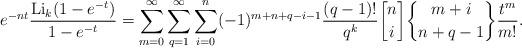
LaTeX: \begin{align*}e^{-nt}\frac{{\rm Li}_{k}(1-e^{-t})}{1-e^{-t}}& = \sum_{m=0}^{\infty}\sum_{q=1}^{\infty}\sum_{i=0}^{n}(-1)^{m+n+q-i-1}\frac{(q-1)!}{q^{k}}{n \brack i}{m+i \brace n+q-1}\frac{t^{m}}{m!}.\end{align*}